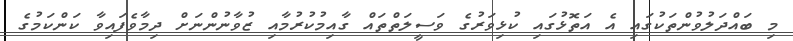
މި ބައްދަލުވުންތަކުގައި އެ އަތޮޅުގައި ކުޅިވަރުގެ ވަސީލަތްތައް ގާއިމުކުރުމާއި ޒުވާނުންނަށް ދިމާވެފައިވާ ކަންކަމުގެ